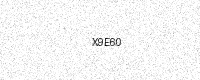
Text: X9E60